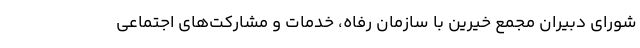
شوراي دبيران مجمع خيرين با سازمان رفاه، خدمات و مشاركت‌هاي اجتماعي